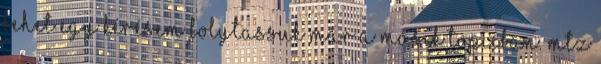
lehet egy kérésem folytassuk már a másik topicban. Mtz